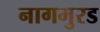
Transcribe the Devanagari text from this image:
नागमुरड